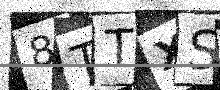
Text: 8TTXS3